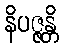
နိပဇ္ဇန္တိ